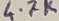
Text: 4.7K